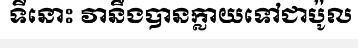
ទីនោះ វានឹងបានក្លាយទៅជាប៉ូល